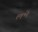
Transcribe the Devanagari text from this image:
लभे